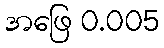
အဖြေ 0.005